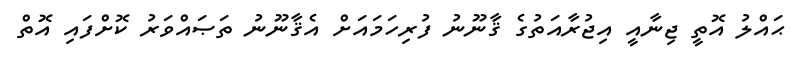
ޙައްލު އޮތީ ޖިނާއީ އިޖުރާއަތުގެ ޤާނޫނު ފުރިހަމައަށް އެޤާނޫނު ތަޞައްވަރު ކޮށްފައި އޮތް